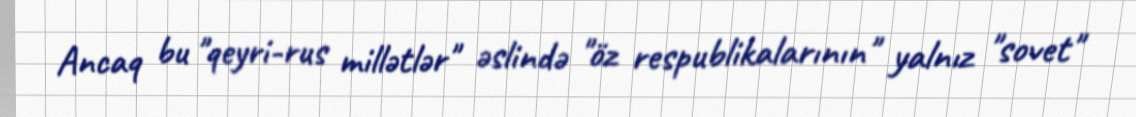
Ancaq bu "qeyri-rus millətlər" əslində "öz respublikalarının" yalnız "sovet"